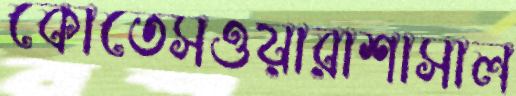
কোতেসওয়ারাশাসাল